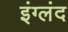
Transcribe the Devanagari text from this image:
इंग्लंद